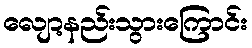
လျော့နည်းသွားကြောင်း